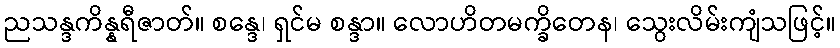
ညသန္ဒကိန္နရီဇာတ်။ စန္ဒေ၊ ရှင်မ စန္ဒာ။ လောဟိတမက္ခိတေန၊ သွေးလိမ်းကျံသဖြင့်။